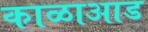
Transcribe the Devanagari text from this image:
काळाआड